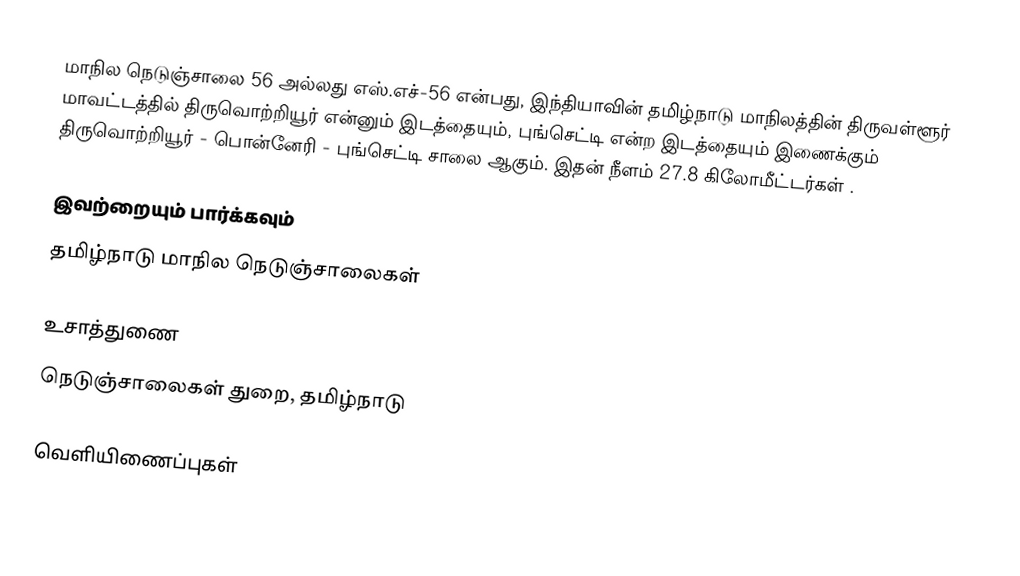
மாநில நெடுஞ்சாலை 56 அல்லது எஸ்.எச்-56 என்பது, இந்தியாவின் தமிழ்நாடு மாநிலத்தின் திருவள்ளூர் மாவட்டத்தில் திருவொற்றியூர் என்னும் இடத்தையும், புங்செட்டி என்ற இடத்தையும் இணைக்கும் திருவொற்றியூர் - பொன்னேரி - புங்செட்டி சாலை ஆகும். இதன் நீளம் 27.8  கிலோமீட்டர்கள் .

இவற்றையும் பார்க்கவும்
 தமிழ்நாடு மாநில நெடுஞ்சாலைகள்

உசாத்துணை
 நெடுஞ்சாலைகள் துறை, தமிழ்நாடு

வெளியிணைப்புகள்